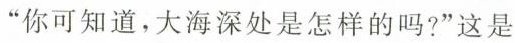
”你可知道，大海深处是怎样的吗？”这是